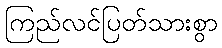
ကြည်လင်ပြတ်သားစွာ